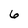
Character: 6